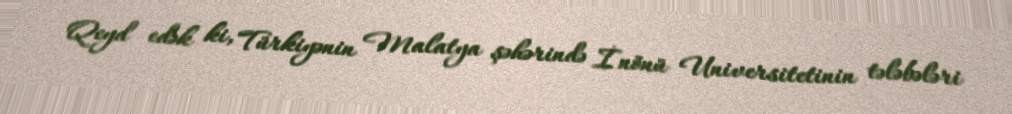
Qeyd edək ki, Türkiyənin Malatya şəhərində İnönü Universitetinin tələbələri